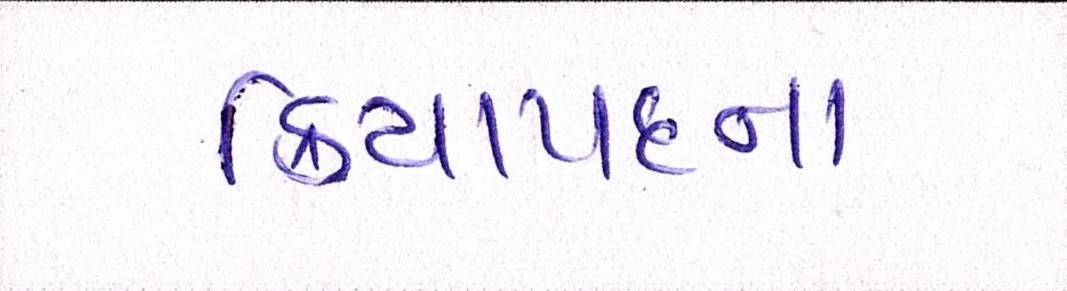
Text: ક્રિયાપદના